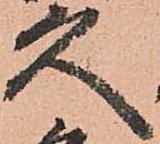
久